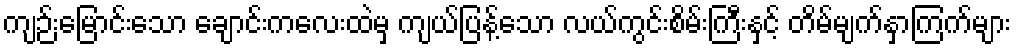
ကျဉ်းမြောင်းသော ချောင်းကလေးထဲမှ ကျယ်ပြန့်သော လယ်ကွင်းစိမ်းကြီးနှင့် တိမ်မျက်နှာကြက်များ